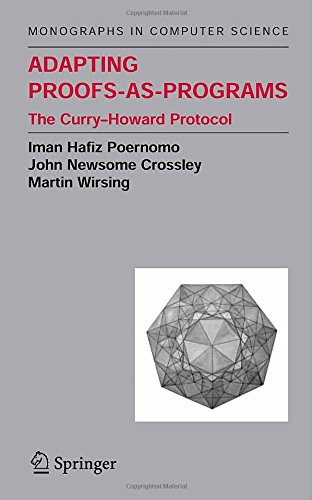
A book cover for Adapting Proofs-as-Programs: The Curry--Howard Protocol (Monographs in Computer Science); Iman Poernomo; Computers & Technology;